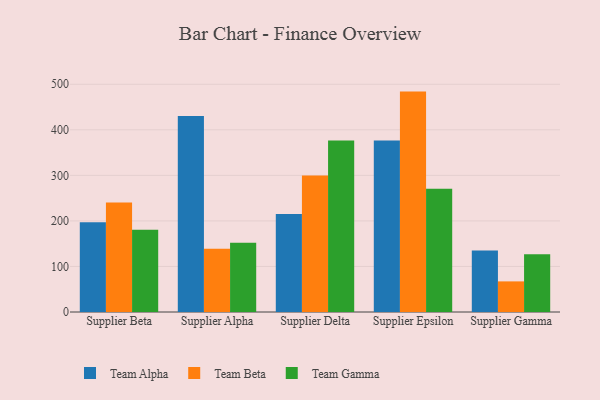
{"axis": {"x": "Supplier", "y": "Conversion Rate (%)"}, "legend": ["Team Alpha", "Team Beta", "Team Gamma"], "data": [{"x": "Supplier Beta", "y": 196.8, "type": "Team Alpha"}, {"x": "Supplier Beta", "y": 240.3, "type": "Team Beta"}, {"x": "Supplier Beta", "y": 180.7, "type": "Team Gamma"}, {"x": "Supplier Alpha", "y": 430.4, "type": "Team Alpha"}, {"x": "Supplier Alpha", "y": 139.1, "type": "Team Beta"}, {"x": "Supplier Alpha", "y": 152.2, "type": "Team Gamma"}, {"x": "Supplier Delta", "y": 215.0, "type": "Team Alpha"}, {"x": "Supplier Delta", "y": 299.9, "type": "Team Beta"}, {"x": "Supplier Delta", "y": 376.3, "type": "Team Gamma"}, {"x": "Supplier Epsilon", "y": 376.5, "type": "Team Alpha"}, {"x": "Supplier Epsilon", "y": 483.9, "type": "Team Beta"}, {"x": "Supplier Epsilon", "y": 270.4, "type": "Team Gamma"}, {"x": "Supplier Gamma", "y": 135.0, "type": "Team Alpha"}, {"x": "Supplier Gamma", "y": 67.2, "type": "Team Beta"}, {"x": "Supplier Gamma", "y": 127.0, "type": "Team Gamma"}]}